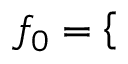
{ { f } _ { 0 } } = \left\{ \begin{array} { r l } \end{array} \right.